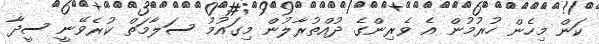
ކަން މިހެން ހުރުމުން އެ ވެރިންގެ ދުއްތުރާލުން މިގައުމު ސަލާމަތް ކުރެވޭނީ ސީދާ